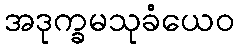
အဒုက္ခမသုခံယေဝ